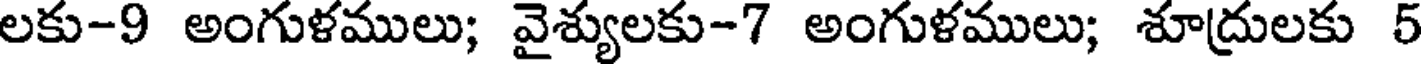
లకు-9 అంగుళములు; వైశ్యులకు-7 అంగుళములు; శూద్రులకు 5